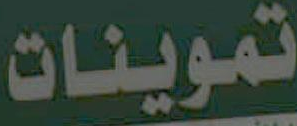
تموينات